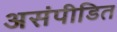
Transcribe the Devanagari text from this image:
असंपीडित